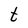
Character: t